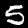
Label: 5